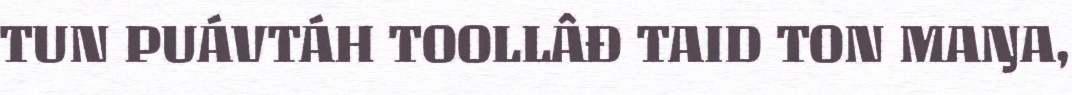
TUN PUÁVTÁH TOOLLÂĐ TAID TON MAŊA,